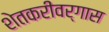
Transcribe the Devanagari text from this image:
शेतकरीवर्गास